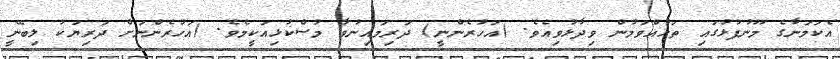
އެކަމަނާގެ މޫނުފުޅުގައި ތަޅުއްވަމުން ވިދާޅުވިއެވެ. (އަހުރެންނީ) ދަރިމައިނުވާ މުސްކުޅިއަކީމެވެ. (އަހުރެންނަށް ދަރިޔަކު ލިބޭނީ